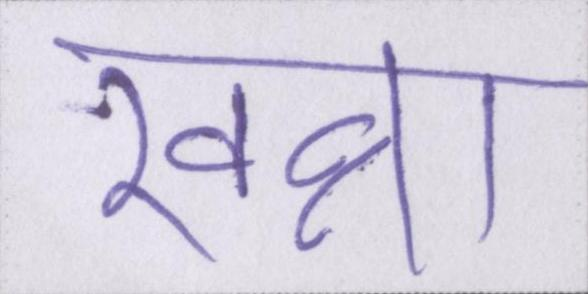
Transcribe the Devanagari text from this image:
खन्ना